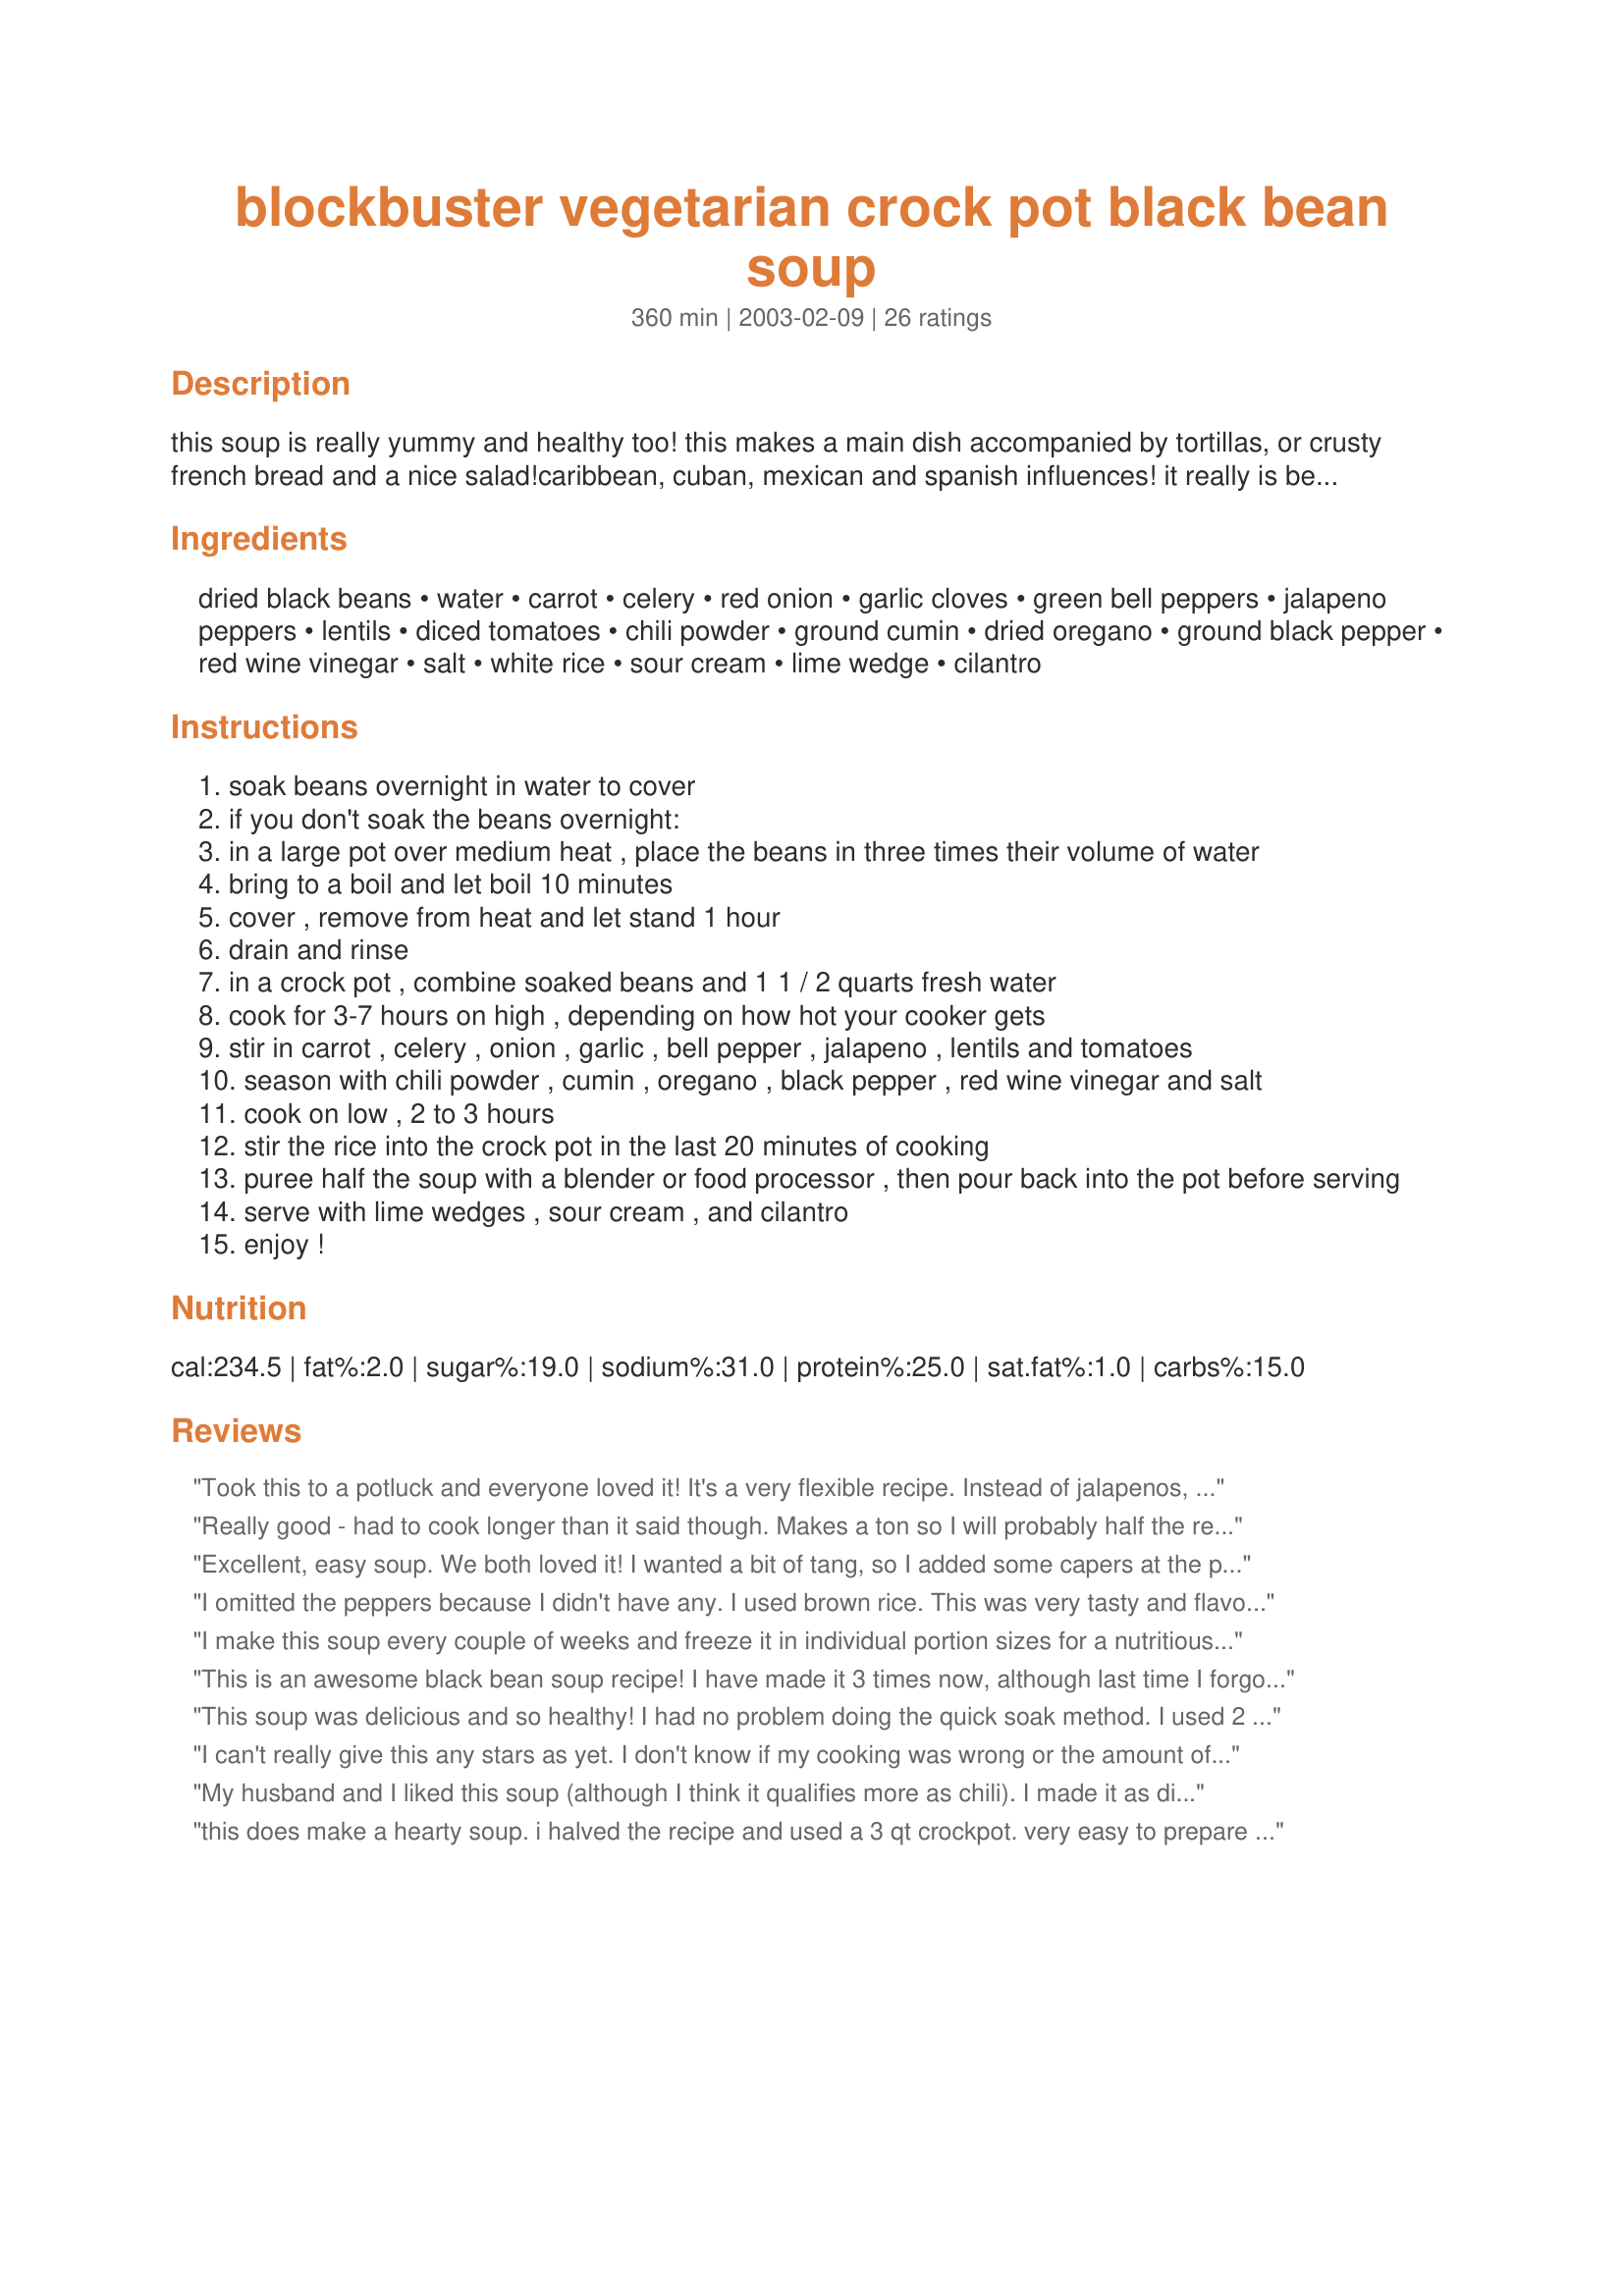
blockbuster vegetarian crock pot black bean soup
Preparation time: 360 minutes

this soup is really yummy and healthy too! this makes a main dish accompanied by tortillas, or crusty french bread and a nice salad!caribbean, cuban, mexican and spanish influences! it really is best if the beans are soaked overnight.and depending on your cooker, the soup might need to be cooked longer.

Ingredients:
dried black beans, water, carrot, celery, red onion, garlic cloves, green bell peppers, jalapeno peppers, lentils, diced tomatoes, chili powder, ground cumin, dried oregano, ground black pepper, red wine vinegar, salt, white rice, sour cream, lime wedge, cilantro

Steps:
soak beans overnight in water to cover
if you don't soak the beans overnight:
in a large pot over medium heat , place the beans in three times their volume of water
bring to a boil and let boil 10 minutes
cover , remove from heat and let stand 1 hour
drain and rinse
in a crock pot , combine soaked beans and 1 1 / 2 quarts fresh water
cook for 3-7 hours on high , depending on how hot your cooker gets
stir in carrot , celery , onion , garlic , bell pepper , jalapeno , lentils and tomatoes
season with chili powder , cumin , oregano , black pepper , red wine vinegar and salt
cook on low , 2 to 3 hours
stir the rice into the crock pot in the last 20 minutes of cooking
puree half the soup with a blender or food processor , then pour back into the pot before serving
serve with lime wedges , sour cream , and cilantro
enjoy !

Reviews:
Took this to a potluck and everyone loved it! It's a very flexible recipe. Instead of jalapenos, I added 3 Serrano chiles and 1 chipotle chile. Next time I will soak the beans overnight. I also added about 2 additional cups of water as the soup got very thick.
Really good - had to cook longer than it said though. Makes a ton so I will probably half the recipe next time as there are only two of us.
Excellent, easy soup. We both loved it! I wanted a bit of tang, so I added some capers at the puree step. I also didn't have any jalapeÃ±os, so I added hot sauce & replaced the red wine vinegar with a good dose of red wine. I gave it 5 stars for being versatile, super easy & delicious. Thanks for the recipe!
I omitted the peppers because I didn't have any. I used brown rice. This was very tasty and flavourful.
I make this soup every couple of weeks and freeze it in individual portion sizes for a nutritious lunch. It is fabulous! My brown rice never cooks on low heat so I add it during the last hour that the beans are cooking on high heat. I also find that 1 teaspoon of salt is plenty and keeps the sodium level more reasonable.
This is an awesome black bean soup recipe! I have made it 3 times now, although last time I forgot to add the rice. (Not nearly as good without rice). I love how spicy it is, but it does not taste too salty. This is one of the few recipes where I don't need to change a thing.
This soup was delicious and so healthy! I had no problem doing the quick soak method. I used 2 chipotles in adobo instead of the jalapeno only because that's what I had on hand. I halved the salt and added a cob of fresh corn. I also used some leftover rice that I had on hand. I will make this again, thank you!
I can't really give this any stars as yet. I don't know if my cooking was wrong or the amount of ingredients I used. My beans were hard and my brown rice was not cooked. I thought I followed the directions, but will have to fix again and use some of the hints from other posters. The juice of the soup was great! I hope I can come back and give 5 stars. Thnx, Sharon, for posting.
My husband and I liked this soup (although I think it qualifies more as chili). I made it as directed, except I, too, reduced the salt to 1 tsp. I think it needed a bit more salt--next time I make it, I'll do 2 tsps of salt. Also, next time I think I'll omit adding the rice to the soup, and just make rice in my rice cooker and layer rice, then soup, in my bowls. I did soak my beans overnight.
this does make a hearty soup. i halved the recipe and used a 3 qt crockpot. very easy to prepare with big bold flavor.
Waaaay too spicy hot. Try one jalapeno or maybe none. Now have to figure out what to do with this pot of inedible soup. I'm not giving any stars at this point.
My beans were hard and undercooked even though I followed the directions as written, except I only used 1 tsp salt and eliminated both the carrot and oregano because I was out of both ingredients. For better results, I probably should have soaked the beans overnight instead of using the method suggested in the recipe.
NOTE: TO THOSE WHOSE BEANS STAYED HARD AFTER COOKING, THIS CAN BE CAUSED BY ADDING SALT AND/OR SUGAR TOO SOON IN THE COOKING PROCESS.
My 13-year-old son made this for his global studies class. It was the hit of the day at school! The crockpot came home cleaned out, and he told me how everyone, including the teacher, raved over this recipe. My family loves it as well: easy to prepare, and healthy, too! I highly recommend this!
Loved it! Came out better than expected, and with very few modifications (I usually change up recipes pretty drastically). I only added a little vegetable broth to the beans after they had been in the crockpot for a few hours, and I used a whole tomato instead of canned, nixed the jalepeno, and added a little cauliflower.
As with one of the previous reviewers, my beans were still hard at the end of the projected cooking time, but I thought it was because of my failure to correctly read the recipe. I did not cook the first three hours on high but instead on low. Therefore, I cooked longer until the beans were soft. By that time, the soup was thick enough that I did not have to puree half of it. In addition, I did not have lentils, so I increased the amount of rice (brown) by 1/4 cup. Both my husband and I thought the soup delicious. And as we did not use the suggested sour cream as a topper, it is great nutritionally. It freezes well also.
This worked out well. I love using dried beans, (when I plan in advance of course!). I pretty much followed the recipe but excluded the bell and jalepeno peppers. Also didn't add the rice because the crock pot was already overflowing. I used my immersion blender to blend it up a bit. My husband is a major meat eater, and I don't eat any...so served this with some chorizo on the side for him. It's rare for my husband to comment on a vegetarian dish without me asking, but with this one, he did. Nutritious and easy - thanks for posting! (Forgot to mention, I used a bouillon cube and probably 1 tsp of salt....next time I'd probably cook the beans in broth)
EXCELLENT SOUP!!!! This soup was sooo delicious. I think this is my favorite way to have black beans now. I made as listed, except left out the jalape&ntilde;os since I didn&#039;t have any and I wanted to make sure my kids ate it. I don&#039;t think it needed the jalape&ntilde;os; mine had spice to it and I think it came from the chili powder I have. It was perfect! The best thing: my kids loved it, too, and asked for seconds. I cooked it for almost 8 hours on high after doing a quick soak method with the beans.
I am afraid I cannot give this stars because I mess it up. I did not soak the beans, then I tried to do it with the boil and it was a fiasco. I ended up cooking it on the stove top. The flavors were very good and I will try it again but soaking the beans first. Thank you.
This soup was so good. I was asked to make a vegetarian chili for a fundraiser lunch at work. I made it and took it in before the contest, just to make sure it would be good. We had a long discussion about what constitutes a "chili", but after we shushed the meat lovers, we decided that this would count! Everyone seemed to like it! I forgot the lentils and rice--and that was the only negative comment that I had--it was not very thick...so when I make it this week, I'll fix that with the lentils and rice! Amendment: I did make it for the fundraiser and I used the lentils and rice that it called for...it was perfect! Thick and hearty!!
Great black bean soup recipe! I did use chipotle peppers instead of jalapeno's. Also used canned black beans instead of dry because I was running short on time :)
I love this soup because it is very low in fat yet very rich and robust in flavor. I have not had the issue of the beans not completely cooking, but I did follow the directions to the letter. I used one Jalepeno and found that it still had plenty of spice.
This was delicious! I'm making it a second time and cutting back on the heat so the kids will eat it this time by omitting the jalape?os and only using 1/2 tbs of the chili powder.
OK, a few changes but not many in this stick to your ribs soup! I pressure cooked my beans until almost tender, to start and precooked the rice in my rice cooker. I still threw the beans in the crockpot and simmered them for 3 hours, then added the veggies. and cooked for an addl 4 hours. I only used on jalapeno because that's what I had but will definitely add the 2nd next time...and there will be a next time! I was able to throw in the rice at the end and warmed through then topped with a dollap of sour cream! This makes a ton so I will have some in the freezer for another winter day. Yum
This was delicious. I really enjoyed all of the flavors. We topped it with some spicy cilantro dip, sharp cheddar cheese, and chopped fresh red onion and cilantro. Served some tortilla chips on the side and it was great! Thanks for the recipe.
I made this soup (my very first in a crock pot) and it came out wonderfully. I followed the recipe with the exception of the lentils, jalapeno peppers, and dried oregano, because I didn't have these items on hand. Instead of a carrot, I used a sweet potato. I put all of the ingredients in the crock pot, set it on low, went to work and came home from work with a tasty dinner waiting for me!
I have been making soup once a week and this soup was a blockbuster. Wow. My family loved it. Thank you!
